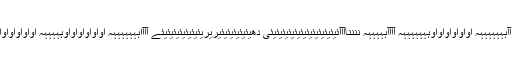
دِدِ اُسکے ہر ایک جھتکے کا جبب آآّہّہّہّہّہّہّہّہ اُواُواُواُواُواوہّہّہّہّہّہّہّہ آآّآّآّہّہّہّہّہّہ ننّنّنّاآّآّآئیئیئیئیئیئیئیئیئیئیئیئی دھیئیئیئیئیئیریریئیئیئیئیئیئیئے آآّآاَہّہّہّہّہّہّہّہ اُواُواُواُواُواوہّہّہّہّہّہ اُواُواُواُواُواُمّمّمّمّمّم آآّآّآہّہّہّہّہ کِ اَوج نِکل رہِ تھِ۔